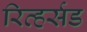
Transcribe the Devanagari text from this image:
रिव्हर्सड